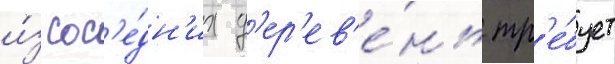
и́з сос'е́дн'их д'ер'ев'е́нь тр'е́бует